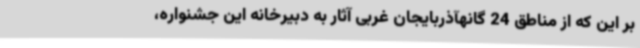
بر این که از مناطق 24 گانهآذربایجان غربی آثار به دبیرخانه این جشنواره،